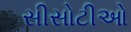
સીસોટીઓ